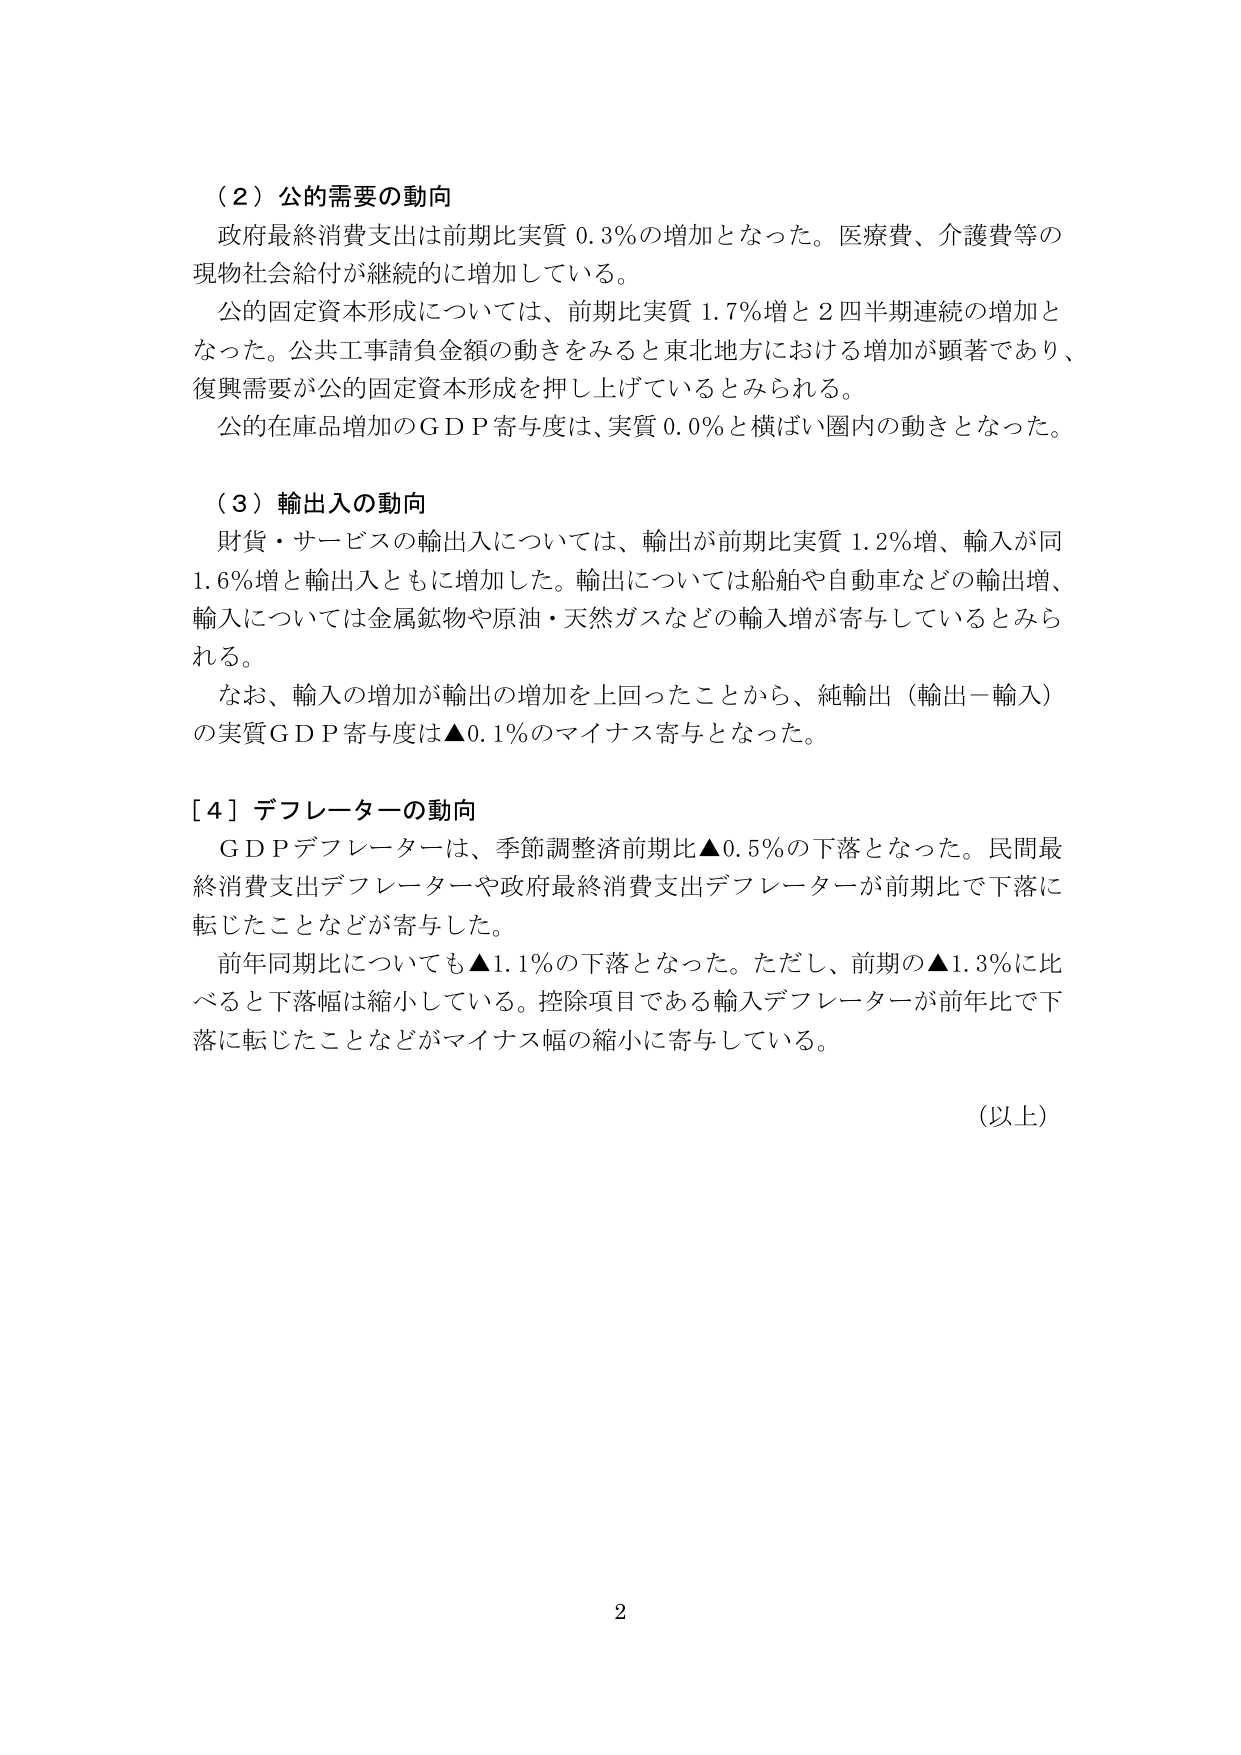
（２）公的需要の動向
政府最終消費支出は前期比実質 0.3％の増加となった。医療費、介護費等の現物社会給付が継続的に増加している。
公的固定資本形成については、前期比実質 1.7％増と２四半期連続の増加となった。公共工事請負金額の動きをみると東北地方における増加が顕著であり、復興需要が公的固定資本形成を押し上げているとみられる。
公的在庫品増加のＧＤＰ寄与度は、実質 0.0％と横ばい圏内の動きとなった。

（３）輸出入の動向
財貨・サービスの輸出入については、輸出が前期比実質 1.2％増、輸入が同 1.6％増と輸出入ともに増加した。輸出については船舶や自動車などの輸出増、輸入については金属鉱物や原油・天然ガスなどの輸入増が寄与しているとみられる。
なお、輸入の増加が輸出の増加を上回ったことから、純輸出（輸出－輸入）の実質ＧＤＰ寄与度は▲0.1％のマイナス寄与となった。

［４］デフレーターの動向
ＧＤＰデフレーターは、季節調整済前期比▲0.5％の下落となった。民間最終消費支出デフレーターや政府最終消費支出デフレーターが前期比で下落に転じたことなどが寄与した。
前年同期比についても▲1.1％の下落となった。ただし、前期の▲1.3％に比べると下落幅は縮小している。控除項目である輸入デフレーターが前年比で下落に転じたことなどがマイナス幅の縮小に寄与している。

（以上）

2